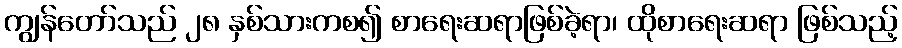
ကျွန်တော်သည် ၂၈ နှစ်သားကစ၍ စာရေးဆရာဖြစ်ခဲ့ရာ၊ ထိုစာရေးဆရာ ဖြစ်သည့်